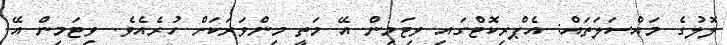
ލޮލުގެ މައްސަލަތައް: އެޕްރިކޮޓްގައި ވިޓަމިން އޭ މަތީ މިންވަރަކަށް ހުރެއެވެ. ވިޓަމިން އޭ